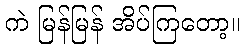
ကဲ မြန်မြန် အိပ်ကြတော့။